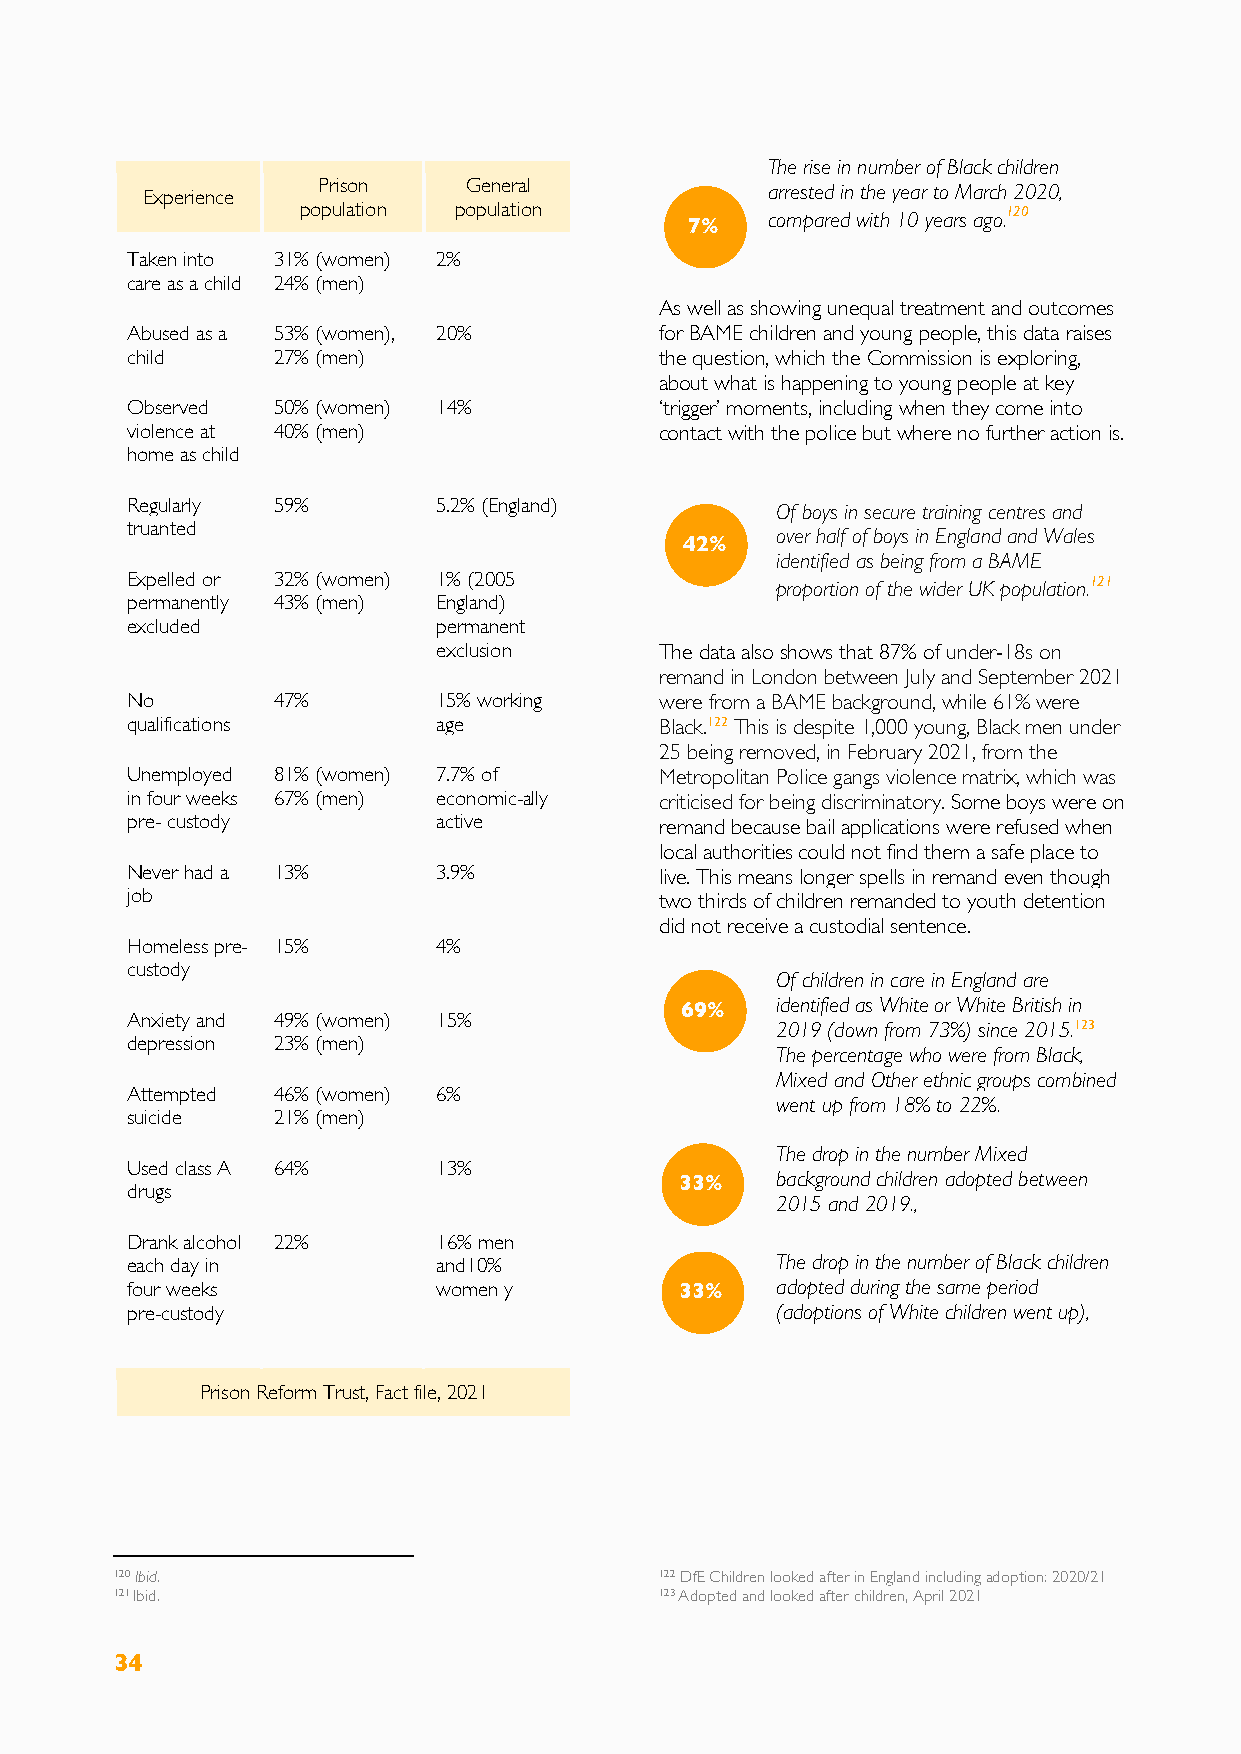
The rise in number of Black children
 Experience  Prison    General             arrested in the year to March 2020,
 population population                          120
 7%   compared with 10 years ago.
 Taken into 31% (women) 2%
 care as a child 24% (men)
 As well as showing unequal treatment and outcomes
 Abused as a 53% (women), 20%        for BAME children and young people, this data raises
 child     27% (men)                 the question, which the Commission is exploring,
 about what is happening to young people at key
 Observed  50% (women) 14%           ‘trigger’ moments, including when they come into
 violence at 40% (men)               contact with the police but where no further action is.
 home as child
 Regularly 59%        5.2% (England)        Of boys in secure training centres and
 truanted
 42%   over half of boys in England and Wales
 identified as being from a BAME
 Expelled or 32% (women) 1% (2005                                121
 proportion of the wider UK population.
 permanently 43% (men) England)
 excluded             permanent
 exclusion      The data also shows that 87% of under-18s on
 remand in London between July and September 2021
 No        47%        15% working    were from a BAME background, while 61% were
 qualifications       age            Black.122 This is despite 1,000 young, Black men under
 25 being removed, in February 2021, from the
 Unemployed 81% (women) 7.7% of      Metropolitan Police gangs violence matrix, which was
 in four weeks 67% (men) economic-ally criticised for being discriminatory. Some boys were on
 pre- custody         active         remand because bail applications were refused when
 local authorities could not find them a safe place to
 Never had a 13%      3.9%           live. This means longer spells in remand even though
 job                                 two thirds of children remanded to youth detention
 did not receive a custodial sentence.
 Homeless pre- 15%    4%
 custody
 Of children in care in England are
 69%   identified as White or White British in
 Anxiety and 49% (women) 15%                2019 (down from 73%) since 2015.123
 depression 23% (men)
 The percentage who were from Black,
 Mixed and Other ethnic groups combined
 Attempted 46% (women) 6%
 went up from 18% to 22%.
 suicide   21% (men)
 The drop in the number Mixed
 Used class A 64%     13%
 33%   background children adopted between
 drugs
 2015 and 2019.,
 Drank alcohol 22%    16% men
 each day in          and10%                The drop in the number of Black children
 four weeks           women y         33%   adopted during the same period
 pre-custody                                (adoptions of White children went up),
 Prison Reform Trust, Fact file, 2021
 120 Ibid.                           122 DfE Children looked after in England including adoption: 2020/21
 121 Ibid.                           123 Adopted and looked after children, April 2021
 34